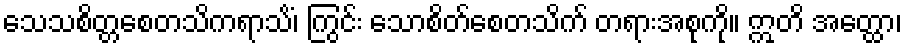
သေသစိတ္တစေတသိကရာသိံ၊ ကြွင်း သောစိတ်စေတသိက် တရားအစုကို။ ဣတိ အတ္ထော၊